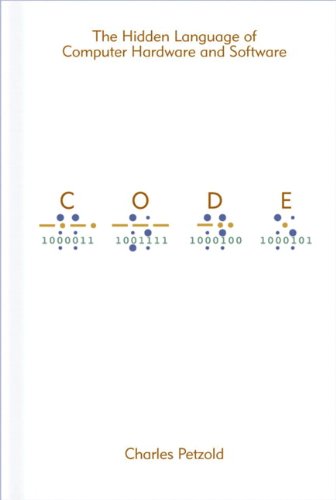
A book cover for Code: The Hidden Language of Computer Hardware and Software; Charles Petzold; Computers & Technology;